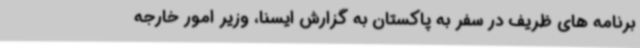
برنامه های ظریف در سفر به پاکستان به گزارش ایسنا، وزیر امور خارجه